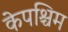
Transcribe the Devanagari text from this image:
केपश्चिम